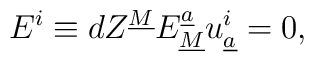
E^i \equiv dZ^{\underline{M}} E^{\underline{a}}_{\underline{M}}u_{\underline{a}}^i  = 0 ,